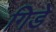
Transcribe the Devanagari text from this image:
गिडे